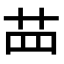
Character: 𦭝